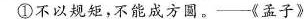
①不以规矩，不能成方圆。——《孟子》